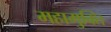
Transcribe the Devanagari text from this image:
महामुक्ति